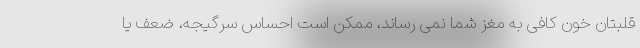
قلبتان خون کافی به مغز شما نمی رساند، ممکن است احساس سرگیجه، ضعف یا